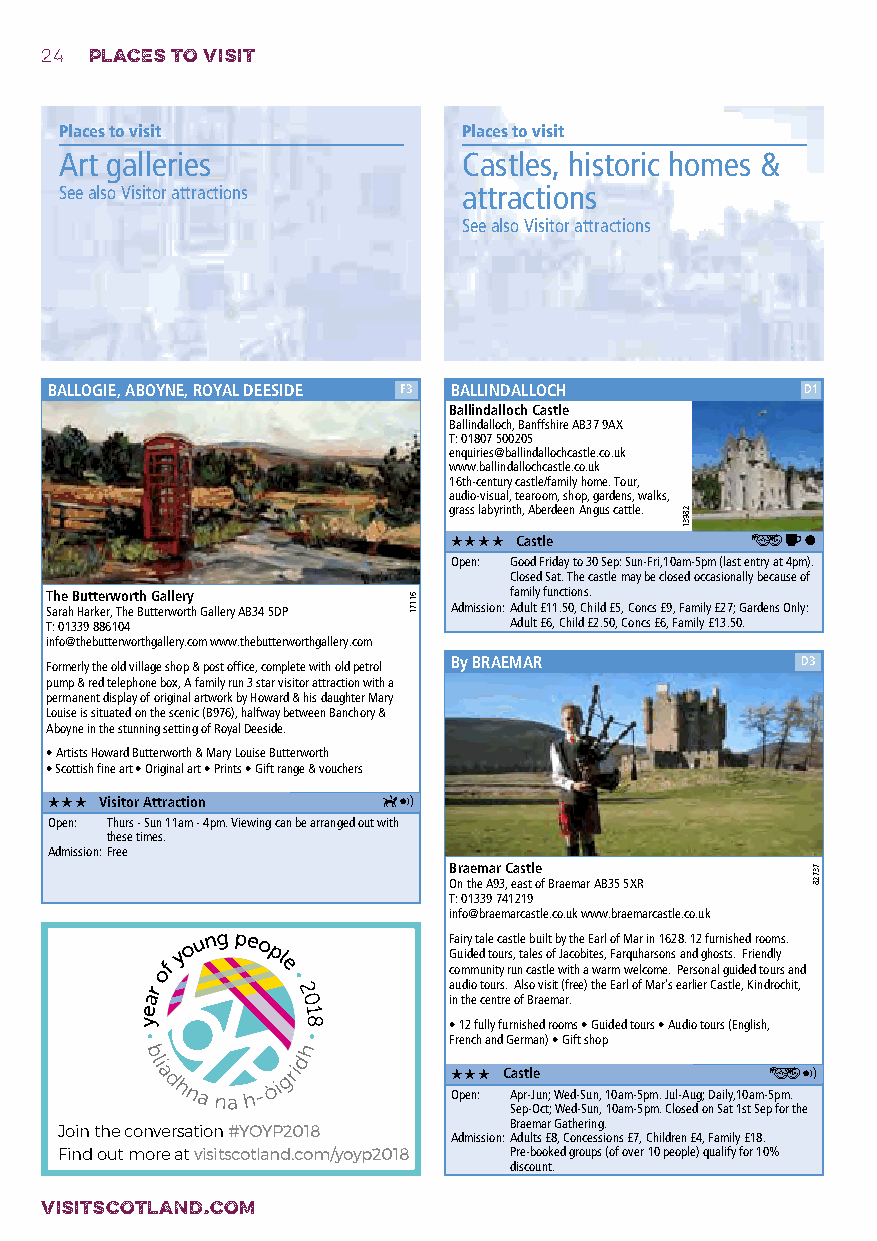
24 PLACES TO VISIT
 Places to visit            Places to visit
 Art galleries              Castles, historic homes &
 See also Visitor attractions attractions
 See also Visitor attractions
 BALLOGIE, ABOYNE, ROYAL DEESIDE F3 BALLINDALLOCH  D1
 Ballindalloch Castle
 Ballindalloch, Banffshire AB37 9AX
 T: 01807 500205
 enquiries@ballindallochcastle.co.uk
 www.ballindallochcastle.co.uk
 16th-century castle/family home. Tour,
 audio-visual, tearoom, shop, gardens, walks,
 grass labyrinth, Aberdeen Angus cattle.
 oooo Castle         ƒk\
 Open: Good Friday to 30 Sep: Sun-Fri,10am-5pm (last entry at 4pm).
 Closed Sat. The castle may be closed occasionally because of
 The Butterworth Gallery        family functions.
 Sarah Harker, The Butterworth Gallery AB34 5DP Admission: Adult £11.50, Child £5, Concs £9, Family £27; Gardens Only:
 T: 01339 886104                Adult £6, Child £2.50, Concs £6, Family £13.50.
 info@thebutterworthgallery.com www.thebutterworthgallery.com
 Formerly the old village shop & post office, complete with old petrol By BRAEMAR D3
 pump & red telephone box, A family run 3 star visitor attraction with a
 permanent display of original artwork by Howard & his daughter Mary
 Louise is situated on the scenic (B976), halfway between Banchory &
 Aboyne in the stunning setting of Royal Deeside.
 • Artists Howard Butterworth & Mary Louise Butterworth
 • Scottish fine art • Original art • Prints • Gift range & vouchers
 ooo Visitor Attraction E∑
 Open: Thurs - Sun 11am - 4pm. Viewing can be arranged out with
 these times.
 Admission: Free
 Braemar Castle
 On the A93, east of Braemar AB35 5XR
 T: 01339 741219
 info@braemarcastle.co.uk www.braemarcastle.co.uk
 Fairy tale castle built by the Earl of Mar in 1628. 12 furnished rooms.
 Guided tours, tales of Jacobites, Farquharsons and ghosts. Friendly
 community run castle with a warm welcome. Personal guided tours and
 audio tours. Also visit (free) the Earl of Mar's earlier Castle, Kindrochit,
 in the centre of Braemar.
 • 12 fully furnished rooms • Guided tours • Audio tours (English,
 French and German) • Gift shop
 ooo Castle           ƒ∑
 Open: Apr-Jun; Wed-Sun, 10am-5pm. Jul-Aug; Daily,10am-5pm.
 Sep-Oct; Wed-Sun, 10am-5pm. Closed on Sat 1st Sep for the
 Braemar Gathering.
 Join the conversation #YOYP2018 Admission: Adults £8, Concessions £7, Children £4, Family £18.
 Find out more at visitscotland.com/yoyp2018 Pre-booked groups (of over 10 people) qualify for 10%
 discount.
 VISITSCOTLAND.COM
 61171
 28931
 73728